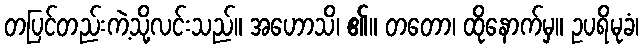
တပြင်တည်းကဲ့သို့လင်းသည်။ အဟောသိ၊ ၏။ တတော၊ ထိုနောက်မှ။ ဥပရိမုခံ၊